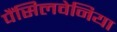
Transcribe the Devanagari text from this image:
पैंसिलवेनिया